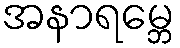
အနာရမ္ဘေ